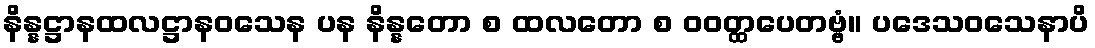
နိန္နဋ္ဌာနထလဋ္ဌာနဝသေန ပန နိန္နတော စ ထလတော စ ဝဝတ္ထပေတဗ္ဗံ။ ပဒေသဝသေနာပိ